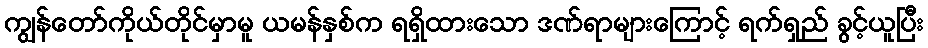
ကျွန်တော်ကိုယ်တိုင်မှာမူ ယမန်နှစ်က ရရှိထားသော ဒဏ်ရာများကြောင့် ရက်ရှည် ခွင့်ယူပြီး